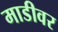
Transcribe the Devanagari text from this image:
माडीवर